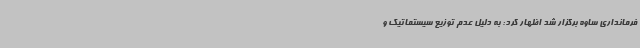
فرمانداری ساوه برگزار شد اظهار کرد: به دلیل عدم توزیع سیستماتیک و